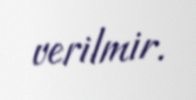
verilmir.